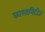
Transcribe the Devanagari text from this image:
कालामिटीज